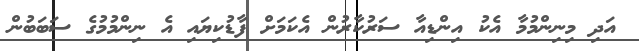
އަދި މިނިންމުމާ އެކު އިންޑިއާ ސަރުކާރުން އެކަމަށް ފާޑުކިޔައި އެ ނިންމުމުގެ ސަބަބުން